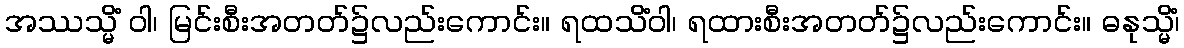
အဿသ္မိံ ဝါ၊ မြင်းစီးအတတ်၌လည်းကောင်း။ ရထသိံဝါ၊ ရထားစီးအတတ်၌လည်းကောင်း။ ဓနုသ္မိံ၊